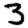
Digit: 3